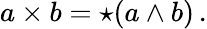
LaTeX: a\times b=\star(a\wedge b)\, .